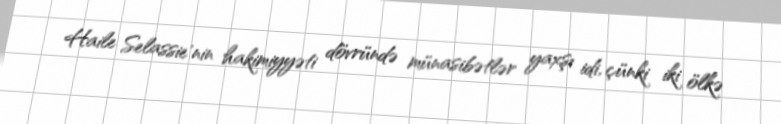
Haile Selassie'nin hakimiyyəti dövründə münasibətlər yaxşı idi, çünki iki ölkə